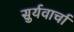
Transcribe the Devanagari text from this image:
सुर्यवार्चा